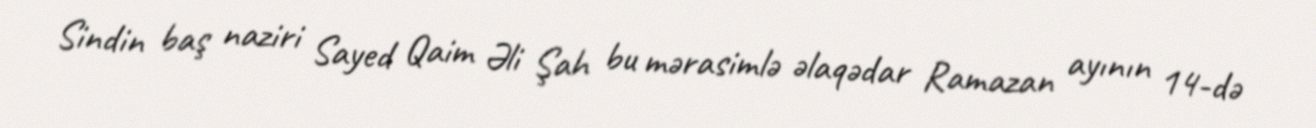
Sindin baş naziri Sayed Qaim Əli Şah bu mərasimlə əlaqədar Ramazan ayının 14-də